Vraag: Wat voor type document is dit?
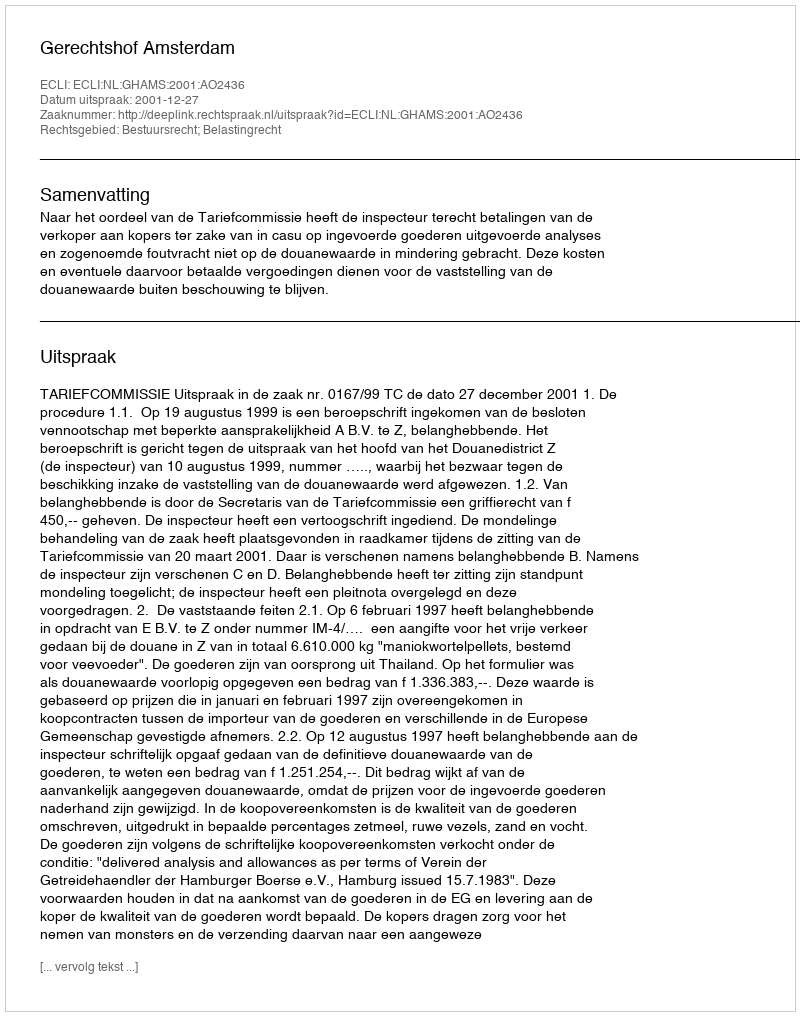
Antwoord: Uitspraak